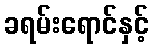
ခရမ်းရောင်နှင့်